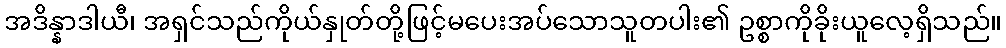
အဒိန္နာဒါယီ၊ အရှင်သည်ကိုယ်နှုတ်တို့ဖြင့်မပေးအပ်သောသူတပါး၏ ဥစ္စာကိုခိုးယူလေ့ရှိသည်။